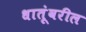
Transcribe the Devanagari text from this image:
धातूंवरील